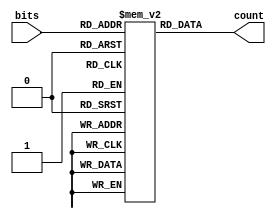
// This program was cloned from: https://github.com/MathBorgess/hardware_studies
// License: MIT License

module LUT_4bit_1s (
    input wire [3:0] bits,
    output reg [2:0] count
);
    reg [2:0] data [15:0];
    
    initial begin
        data[0] = 3'd00;
        data[1] = 3'd01;
        data[2] = 3'd01;
        data[3] = 3'd02;
        data[4] = 3'd01;
        data[5] = 3'd02;
        data[6] = 3'd02;
        data[7] = 3'd03;
        data[8] = 3'd01;
        data[9] = 3'd02;
        data[10] = 3'd02;
        data[11] = 3'd03;
        data[12] = 3'd02;
        data[13] = 3'd03;
        data[14] = 3'd03;
        data[15] = 3'd04;
    end

    always @(bits) begin
        count = data[bits];
    end
endmodule

module LUT_12bit_1s(
    output reg [3:0] count,
    input wire [11:0] bits
);
    wire [2:0] Val0;
    wire [2:0] Val1;
    wire [2:0] Val2;
    LUT_4bit_1s lut0 (
        .bits(bits[3:0]),
        .count(Val0)
    );

    LUT_4bit_1s lut1 (
        .bits(bits[7:4]),
        .count(Val1)
    );

    LUT_4bit_1s lut2 (
        .bits(bits[11:8]),
        .count(Val2)
    );
    always @(Val0, Val1, Val2) begin
        count = Val0 + Val1 + Val2;
    end
endmodule